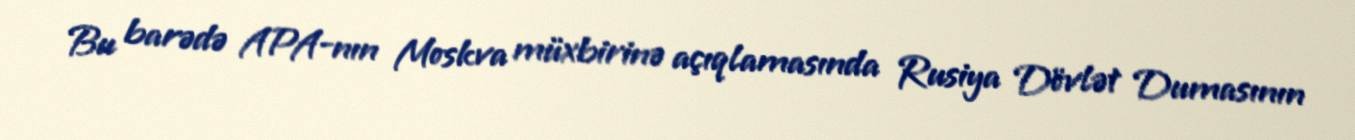
Bu barədə APA-nın Moskva müxbirinə açıqlamasında Rusiya Dövlət Dumasının